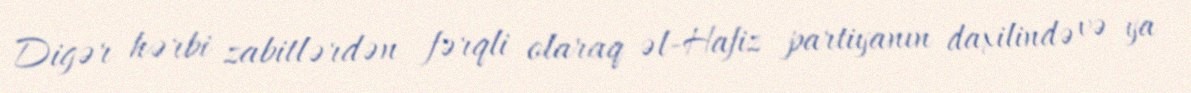
Digər hərbi zabitlərdən fərqli olaraq əl-Hafiz partiyanın daxilində və ya